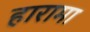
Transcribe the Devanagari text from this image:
हारामा